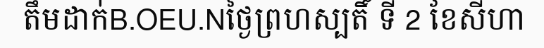
តឹមដាក់B.OEU.Nថ្ងៃព្រហស្បតិ៍ ទី 2 ខែសីហា